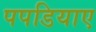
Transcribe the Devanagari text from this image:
पपडियाए